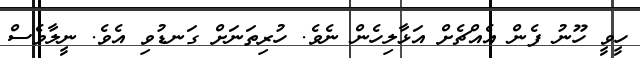
ހީވީ ހޫނު ފެން އެއްޗެށް އަޅާލިހެން ނެވެ. ހުރިތަނަށް ގަނޑުވި އެވެ. ނީލާވެސް